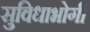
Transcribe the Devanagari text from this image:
सुविधाभोगी